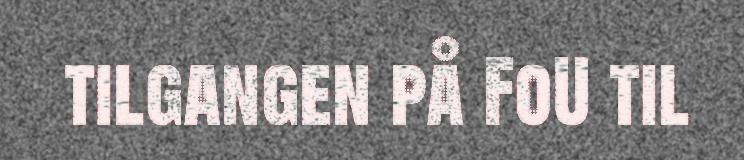
tilgangen på FoU til